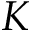
K